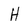
Character: H